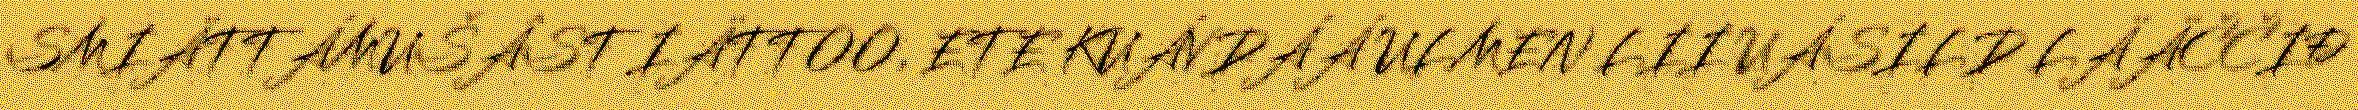
SMIÄTTÁMUŠÂST IÄTTOO, ETE KUÁVDÁÁ ULMEN LII UÁSILD LÄÄČČIĐ